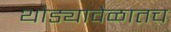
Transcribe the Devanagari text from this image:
थोड्यावेळातच